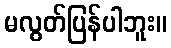
မလွတ်ပြန်ပါဘူး။